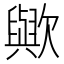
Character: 歟